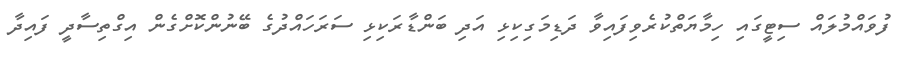
ފުވައްމުލައް ސިޓީގައި ހިމާޔަތްކުރެވިފައިވާ ދަޑިމަގިކިޅި އަދި ބަންޑާރަކިޅި ސަރަހައްދުގެ ބޭނުންކޮށްގެން އިގްތިސާދީ ފައިދާ